Burma Government Medical School reports 1923-41
Year: 1923
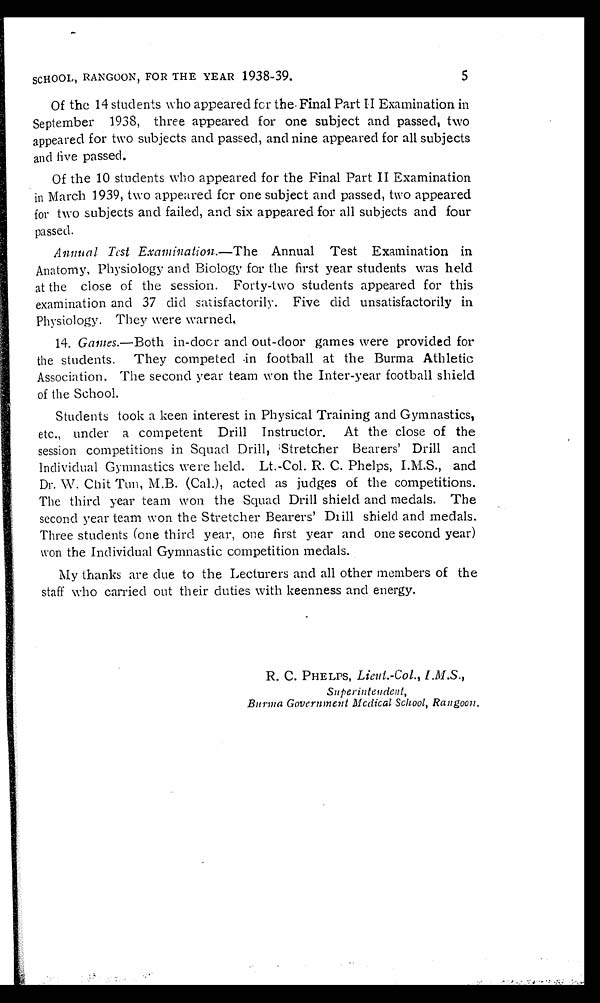
SCHOOL, RANGOON, FOR THE YEAR 1938-39.
5
Of the 14 students who appeared fcr the Final Part II Examination in
September 1938, three appeared for one subject and passed, two
appeared for two subjects and passed, and nine appeared for all subjects
and live passed.
Of the 10 students who appeared for the Final Part II Examination
in March 1939, two appeared for one subject and passed, two appeared
for two subjects and failed, and six appeared for all subjects and four
passed.
Annual Test Examination.—The Annual Test Examination in
Anatomy, Physiology and Biology for the first year students was held
at the close of the session. Forty-two students appeared for this
examination and 37 did satisfactorily. Five did unsatisfactorily in
Physiology. They were warned.
14. Games.—Both in-door and out-door games were provided for
the students. They competed in football at the Burma Athletic
Association. The second year team won the Inter-year football shield
of the School.
Students took a keen interest in Physical Training and Gymnastics,
etc., under a competent Drill Instructor. At the close of the
session competitions in Squad Drill, Stretcher Bearers' Drill and
Individual Gymnastics were held. Lt.-Col. R. C. Phelps, I.M.S., and
Dr. W. Chit Tun, M.B. (Cal.), acted as judges of the competitions.
The third year team won the Squad Drill shield and medals. The
second year team won the Stretcher Bearers' Drill shield and medals.
Three students (one third year, one first year and one second year)
won the Individual Gymnastic competition medals.
My thanks are due to the Lecturers and all other members of the
staff who carried out their duties with keenness and energy.
R. C. PHELPS, Lieut.-Col.,
I.M.S.,
Superintendent,
Burma Government MMedical School, Rangoon.